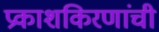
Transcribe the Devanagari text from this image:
प्रकाशकिरणांची